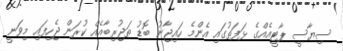
ސިޔާސީ ޕާޓީއެއްގެ ޅަފަތުގައި އެންމެ ހައިޖާނު ބޮޑު ތަޖުރިބާއެއް ކުރަން ޖެހިފައި މިވަނީ